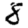
Digit: 8